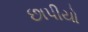
છાપીયો